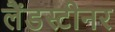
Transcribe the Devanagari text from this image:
लैंडस्टीनर